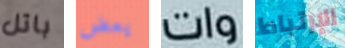
باتل يعض وات الإرتباط